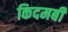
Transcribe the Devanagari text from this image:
किदमबी